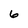
Character: 6